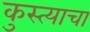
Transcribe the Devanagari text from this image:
कुस्त्याचा